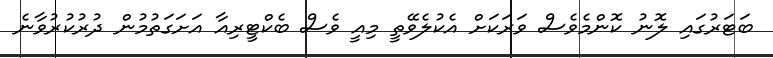
ބަޓަރުގައި ލޮނު ކޮންމެވެސް ވަރަކަށް އެކުލެވޭތީ މިއީ ވެސް ބެކްޓީރިއާ އަށަގަތުމުން ދުރުކުރުވާނެ